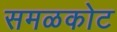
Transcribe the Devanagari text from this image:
समळकोट